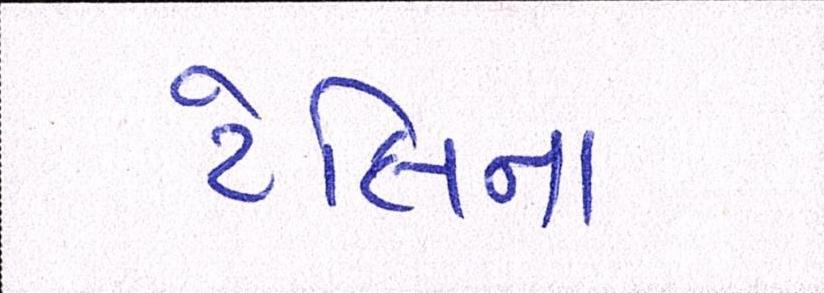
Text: ટેલિના